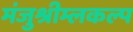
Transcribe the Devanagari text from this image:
मंजुश्रीम्लकल्प